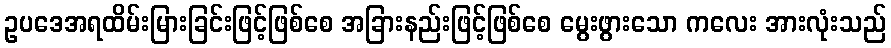
ဥပဒေအရထိမ်းမြားခြင်းဖြင့်ဖြစ်စေ အခြားနည်းဖြင့်ဖြစ်စေ မွေးဖွားသော ကလေး အားလုံးသည်